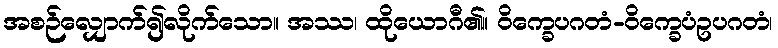
အစဉ်လျှောက်၍လိုက်သော။ အဿ၊ ထိုယောဂီ၏။ ဝိက္ခေပဂတံ-ဝိက္ခေပံဥပဂတံ၊